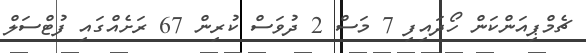
ޗެމްޕިއަންކަން ހޯދައިފި 7 މަސް 2 ދުވަސް ކުރިން 67 ރަށެއްގައި ފުޓްސަލް